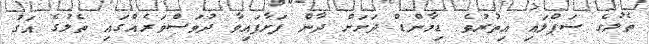
ތެލުގެ ސަޕްލައި އިތުރުވެ ޑިމާންޑް ދަށަށް ދާން ފަށާފައިވާ ދުވަސްވަރެއްގައި ތެލުގެ އަގު